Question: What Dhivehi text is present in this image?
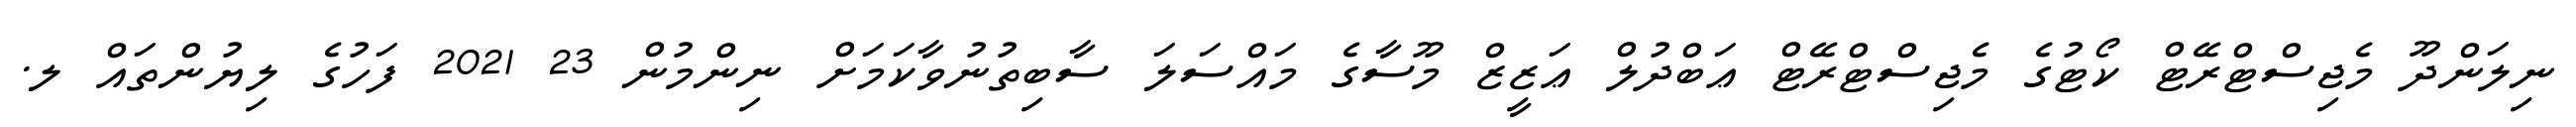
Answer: ނިލަންދޫ މެޖިސްޓްރޭޓް ކޯޓުގެ މެޖިސްޓްރޭޓް ޢަބްދުލް ޢަޒީޒް މޫސާގެ މައްސަލަ ސާބިތުނުވާކަމަށް ނިންމުން 23 2021 ފަހުގެ ލިޔުންތައް ލ.